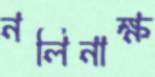
নলিনাক্ষ